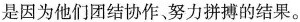
是因为他们团结协作、努力拼搏的结果。